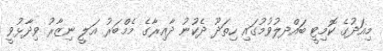
މިއަދުގެ ކޮމިޓީ ބައްދލުވުމުގައި ހިތަދޫ ދެކުނު ދާއިރާގެ މެމްބަރު އަލީ ނިޒާރު ވިދާޅުވީ